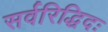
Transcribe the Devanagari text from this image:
सर्वरिद्धिदः